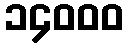
၁၄၀၀၀